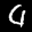
Label: 4